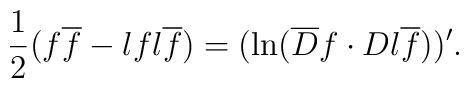
{1\over 2}(f\overline f-\l {f}{} \l {\overline f}{})=(\ln ( \overline D f\cdot D \l {\overline f}{}))'.